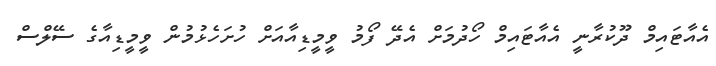
އެއާޓައިމް ދޫކުރާނީ އެއާޓައިމް ހޯދުމަށް އެދޭ ފޯމު ވީމީޑިއާއަށް ހުށަހެޅުމުން ވީމީޑިއާގެ ސޭލްސް